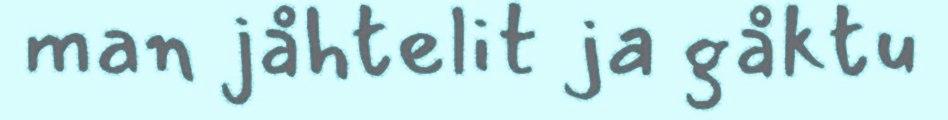
man jåhtelit ja gåktu